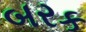
બરક